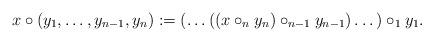
LaTeX: \begin{align*} x \circ (y_1, \dots, y_{n - 1}, y_n) := (\dots ((x \circ_n y_n) \circ_{n - 1} y_{n - 1}) \dots) \circ_1 y_1.\end{align*}